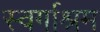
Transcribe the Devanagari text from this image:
स्‍वर्गाश्रम